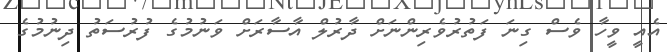
އެއީ ވީހާ ވެސް ގިނަ ފަތުރުވެރިންނަށް ދާރުލް އާސާރަށް ވަނުމުގެ ފުރުސަތު ދިނުމުގެ